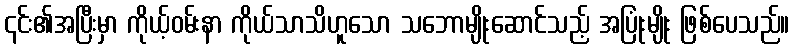
၎င်း၏အပြီးမှာ ကိုယ့်ဝမ်းနာ ကိုယ်သာသိဟူသော သဘောမျိုးဆောင်သည့် အပြုံးမျိုး ဖြစ်ပေသည်။